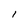
Character: l